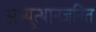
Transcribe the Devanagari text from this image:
अभ्युत्थानजनित